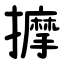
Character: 擵